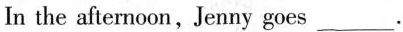
In the afternoon,Jenny goes ___ .